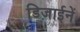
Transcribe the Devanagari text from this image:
डिज़ाईनें